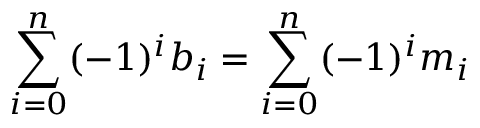
\sum _ { i = 0 } ^ { n } ( - 1 ) ^ { i } b _ { i } = \sum _ { i = 0 } ^ { n } ( - 1 ) ^ { i } m _ { i }